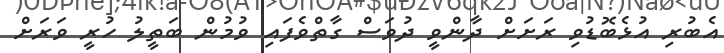
އެބުރި އުޅެބޮޑުވި ރަށަށް ދާންވީ ދުވަސް ގާތްވެފައި ވުމުން ބަތީލު ހުރީ ވަރަށް